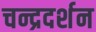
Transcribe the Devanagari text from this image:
चन्द्रदर्शन